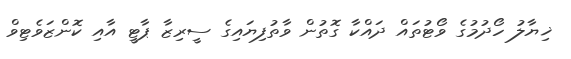
ޚިޔާލު ހޯދުމުގެ ވޯޓުތައް ދައްކާ ގޮތުން ވާތުފިޔައިގެ ސީރިޒާ ޕާޓީ އާއި ކޮންޒަވެޓިވް